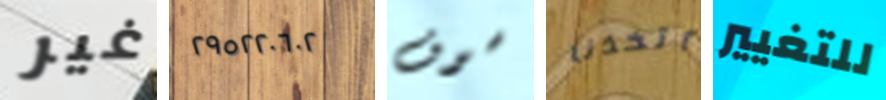
غير ٢٩٥٢٢٠٦٠٢ سوف اتخذنا للتغيير